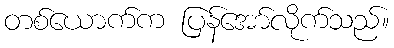
တစ်ယောက်က ပြန်အော်လိုက်သည်။